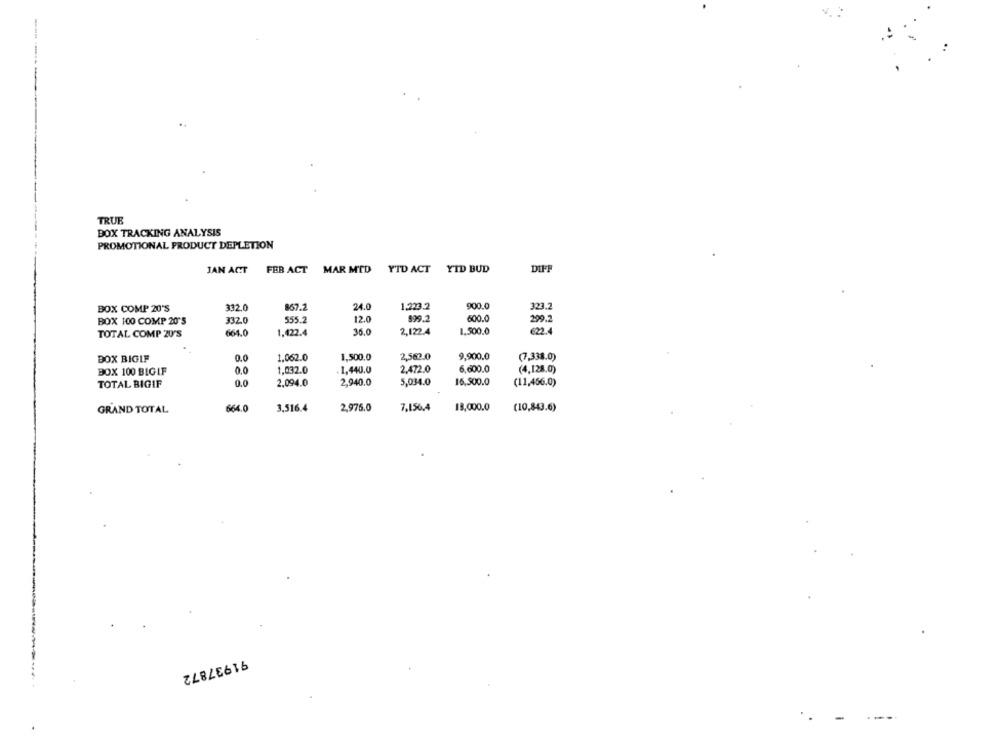
TRUE
BOX TRACKING ANALYSIS
PROMOTIONAL PRODUCT DEPLETION
DIF
JAN ACT
FEB ACT MAR MTD YTD ACT YID BUD
323.2
BOX COMP 20'S
332.0
867.2
24.0
1.223.2
900.0
BOX 100 COMP 20'5
332.0
555.2
12.0
899.2
600.0
299.2
TOTAL COMP ZU'S
664.0
1,422.4
36.0
2,122.4
1,500.0
622.4
BOX BIGIF
0.0
1,062.0
1,500.0
2,562.0
9,900.0
(7,338.0)
BOX 100 BIGIF
0.0
1,032.0
1,440,0
2,472.0
6,600.0
(4,128.0)
TOTAL BIGIF
0.0
2,094.0
2,940.0
5,034.0
16,500.0
(11,456.0)
664.0
3.516.4
2,976.0
7,15%.4
13,000.0
(10,843.6)
GRAND TOTAL
91937872
..